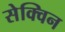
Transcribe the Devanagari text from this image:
सेक्विन